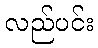
လည်ပင်း